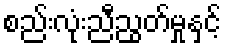
စည်းလုံးညီညွတ်မှုနှင့်